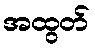
အထွတ်